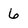
Character: 6